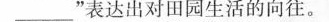
_”表达出对田园生活的向往。